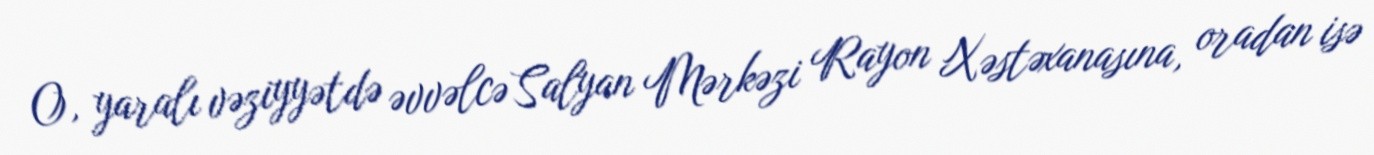
O, yaralı vəziyyətdə əvvəlcə Salyan Mərkəzi Rayon Xəstəxanasına, oradan isə